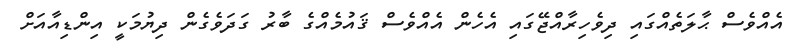
އެއްވެސް ޙާލަތެއްގައި ދިވެހިރާއްޖޭގައި އެހެން އެއްވެސް ޤައުމެއްގެ ބާރު ގަދަވެގެން ދިޔުމަކީ އިންޑިއާއަށް